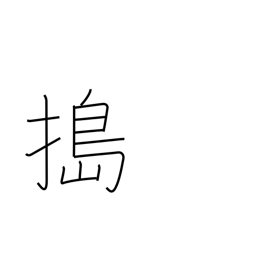
Meaning: pound